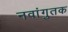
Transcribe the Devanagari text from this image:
नवांगुतक